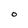
Character: o